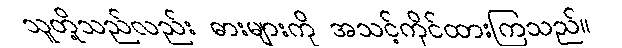
သူတို့သည်လည်း ဓားများကို အသင့်ကိုင်ထားကြသည်။